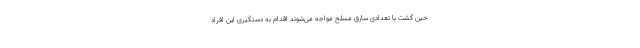
حین گشت با تعدادی سارق مسلح مواجه می‌شوند اقدام به دستگیری این افراد